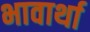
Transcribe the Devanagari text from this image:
भावार्था